Laidoner,_Johan, lk 70
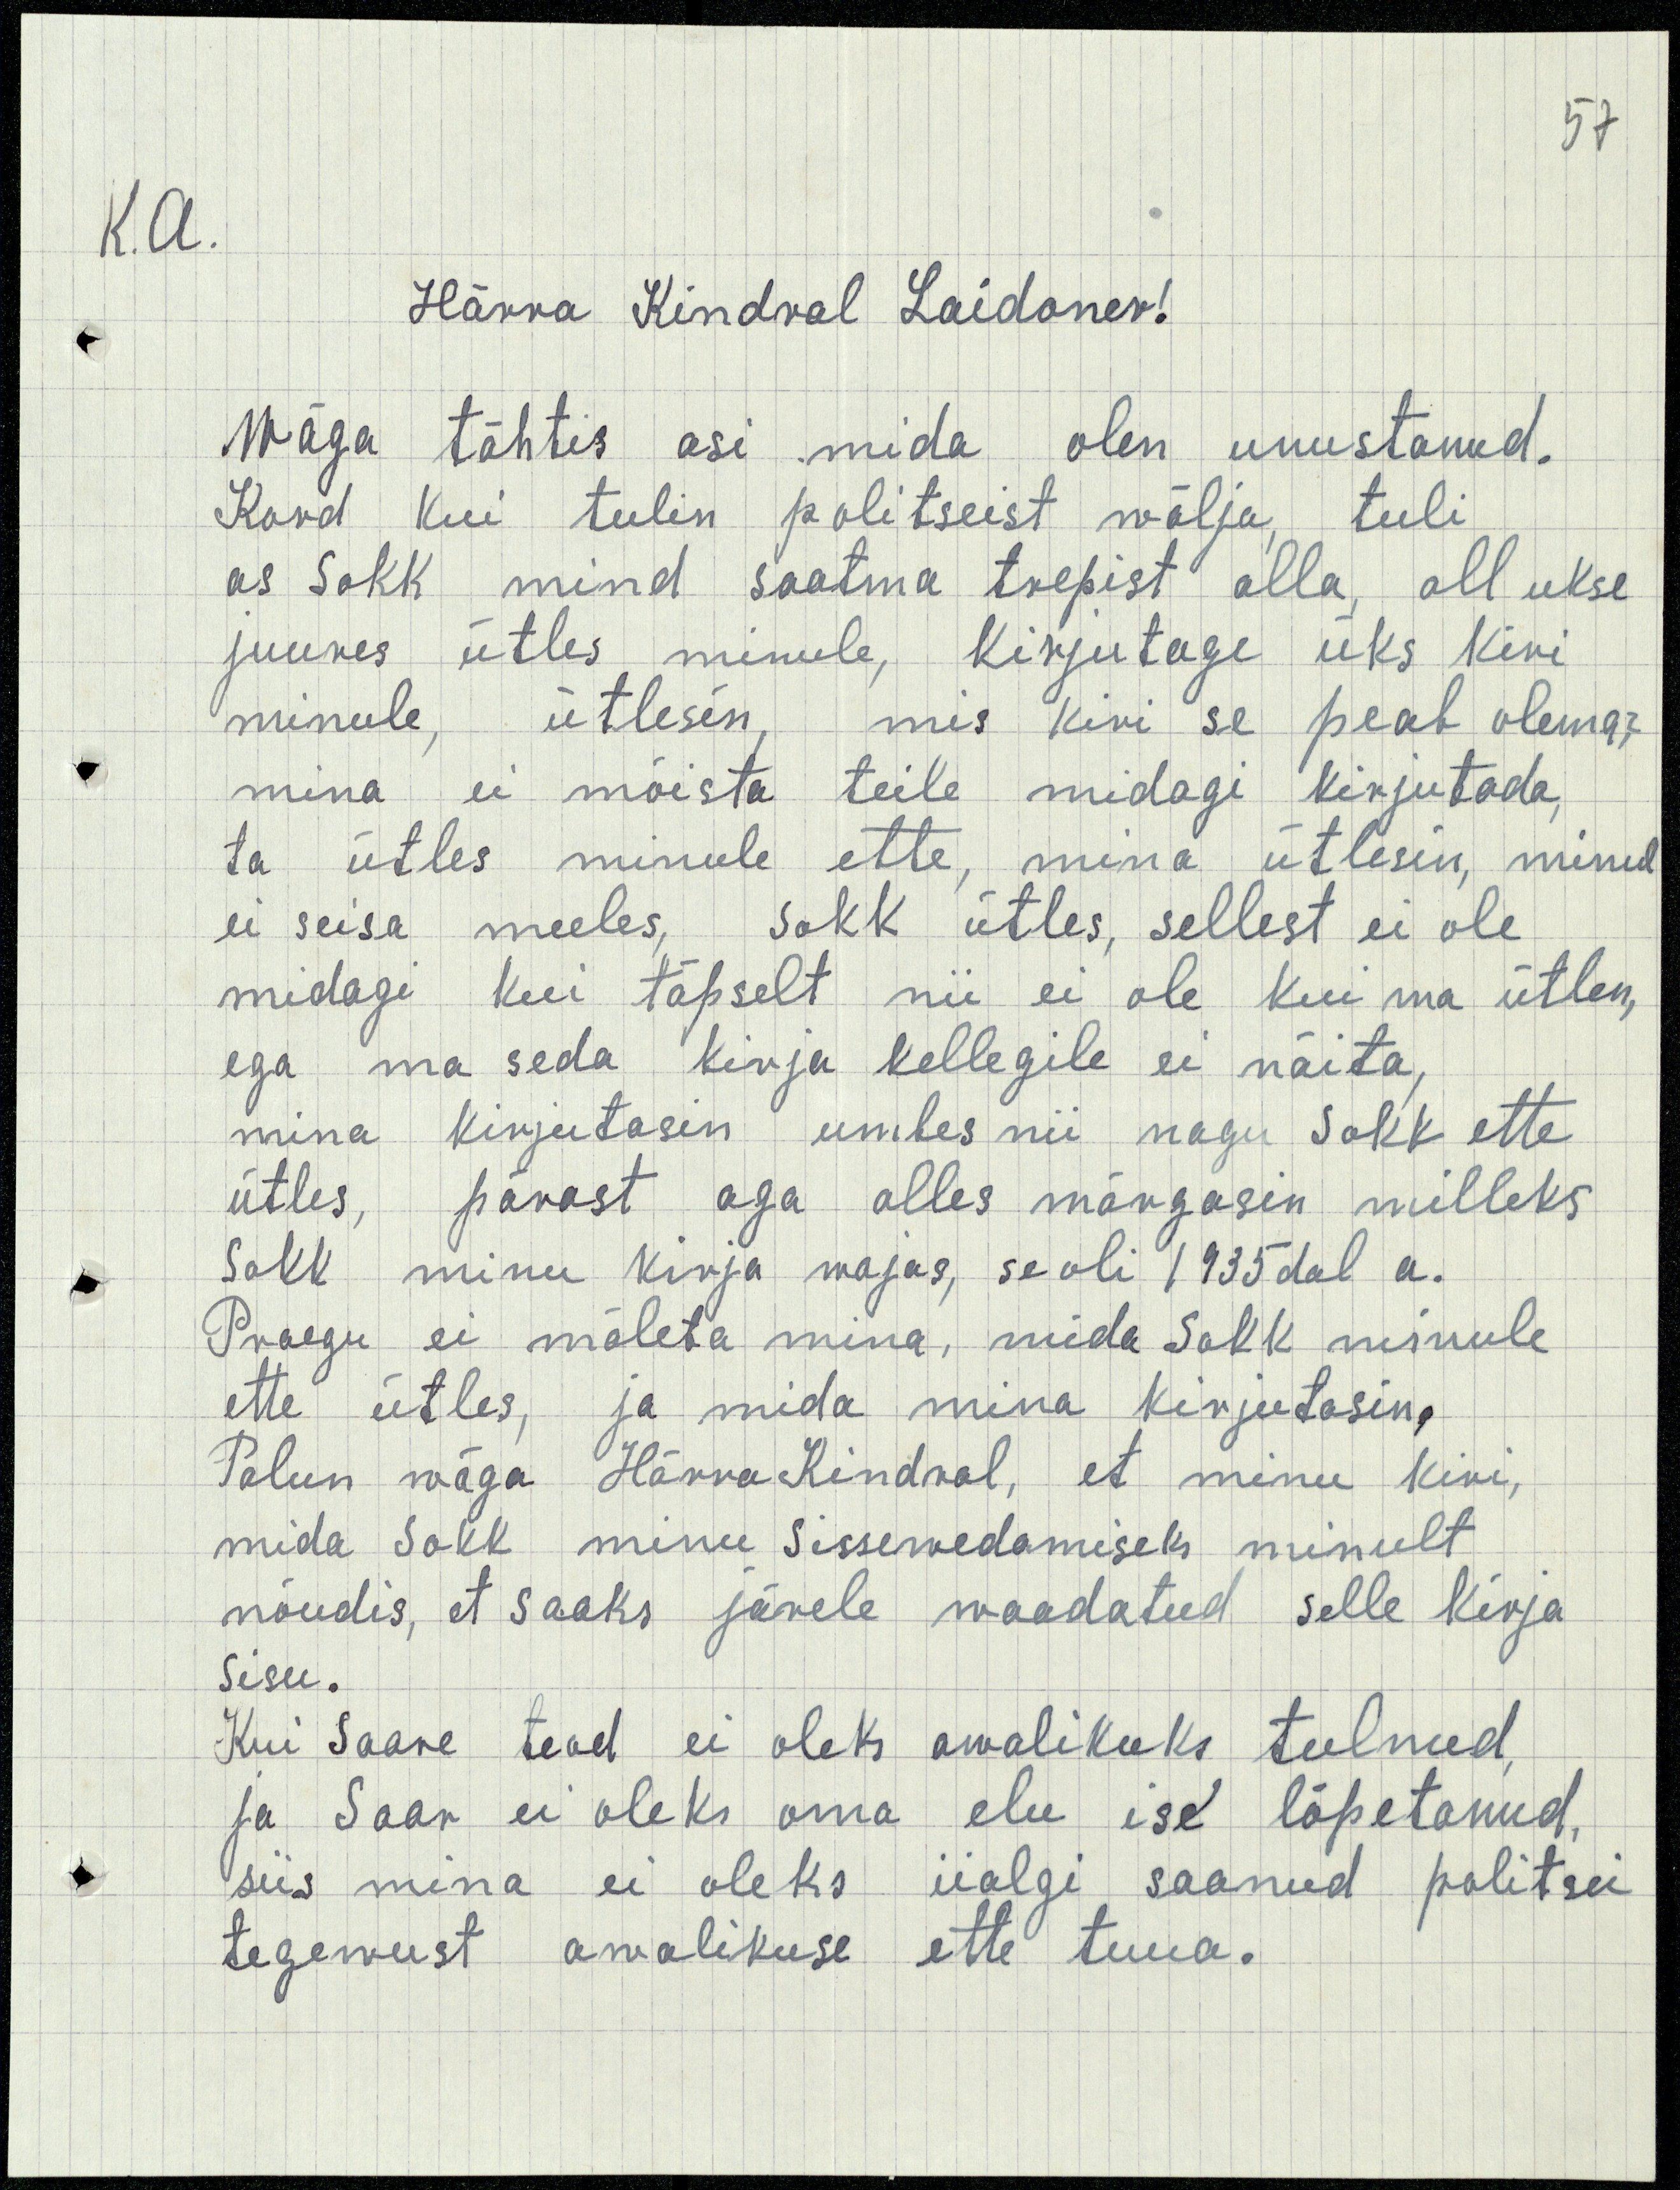
57
K.A.
Härra Kindral Laidoner!
Wäga tähtis asi mida olen unustanud.
Kord kui tulin politseist wälja, tuli
as Sokk mind saatma trepist alla, all ukse
juures ütles minule, kirjutage üks kiri
minule, ütlesin, mis kiri se peab olema,
mina ei mõista teile midagi kirjutada,
ta ütles minule ette, mina ütlesin, minul
ei seisa meeles, Sokk ütles, sellest ei ole
midagi kui täpselt nii ei ole kui ma ütlen,
ega ma seda kirja kellegile ei näita,
mina kirjutasin umbes nii nagu Sokk ette
ütles, pärast aga alles märgasin milleks
Sokk minu kirja wajas, se oli 1935dal a.
Praegu ei mäleta mina, mida Sokk minule
ette ütles, ja mida mina kirjutasin,
Palun wäga Härra Kindral, et minu kiri,
mida Sokk minu Sissewedamiseks minult
nõudis, et saaks järele waadatud selle kirja
Sisu.
Kui Saare tead ei oleks awalikuks tulnud,
ja Saar ei oleks oma elu ise lõpetanud,
siis mina ei oleks iialgi saanud politsei
tegewust awalikuse ette tuua.